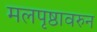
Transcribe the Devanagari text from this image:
मलपृष्ठावरुन